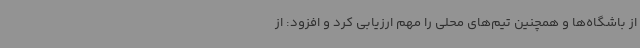
از باشگاه‌ها و همچنین تیم‌های محلی را مهم ارزیابی کرد و افزود: از